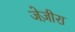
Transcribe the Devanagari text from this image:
जेज़ीरा